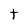
Character: t